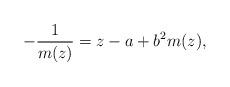
LaTeX: \begin{align*}-\frac{1}{m(z)} = z - a + b^2 m (z),\end{align*}